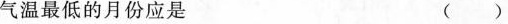
气温最低的月份应是 ()